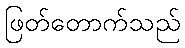
ဖြတ်တောက်သည်